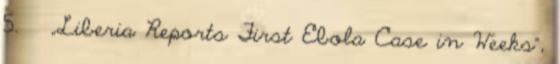
5. ↑ „Liberia Reports First Ebola Case in Weeks”,